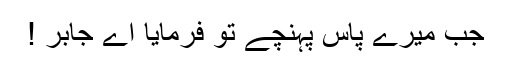
جب میرے پاس پہنچے تو فرمایا اے جابر !